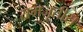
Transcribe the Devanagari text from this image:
समजूतीस